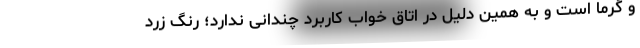
و گرما است و به همین دلیل در اتاق خواب کاربرد چندانی ندارد؛ رنگ زرد